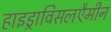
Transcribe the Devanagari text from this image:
हाइड्राविसलएैमीन